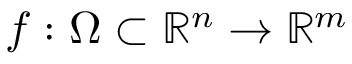
f : \Omega \subset \mathbb { R } ^ { n } \rightarrow \mathbb { R } ^ { m }